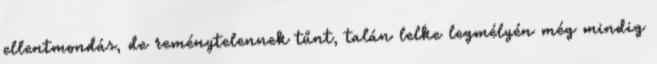
ellentmondás, de reménytelennek tűnt, talán lelke legmélyén még mindig